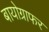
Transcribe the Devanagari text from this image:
बायोग्राफर